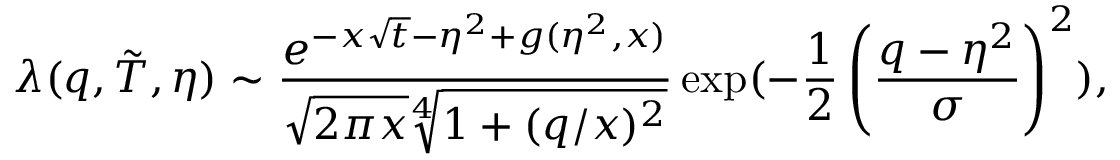
\lambda ( q , \tilde { T } , \eta ) \sim \frac { e ^ { - x \sqrt { t } - \eta ^ { 2 } + g ( \eta ^ { 2 } , x ) } } { \sqrt { 2 \pi x } \sqrt [ 4 ] { 1 + ( q / x ) ^ { 2 } } } \exp ( - \frac { 1 } { 2 } \left( \frac { q - \eta ^ { 2 } } { \sigma } \right) ^ { 2 } ) ,